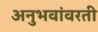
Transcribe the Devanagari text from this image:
अनुभवांवरती